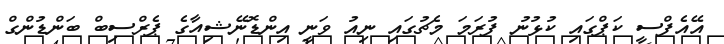
އޭއެފްސީ ކަޕްގައި ކުޅުނު ފުރަަމަ މެޗުގައި ނިއު ވަނީ އިންޑޮނޭޝިއާގެ ޕެރްސިބް ބަންޑުންގް